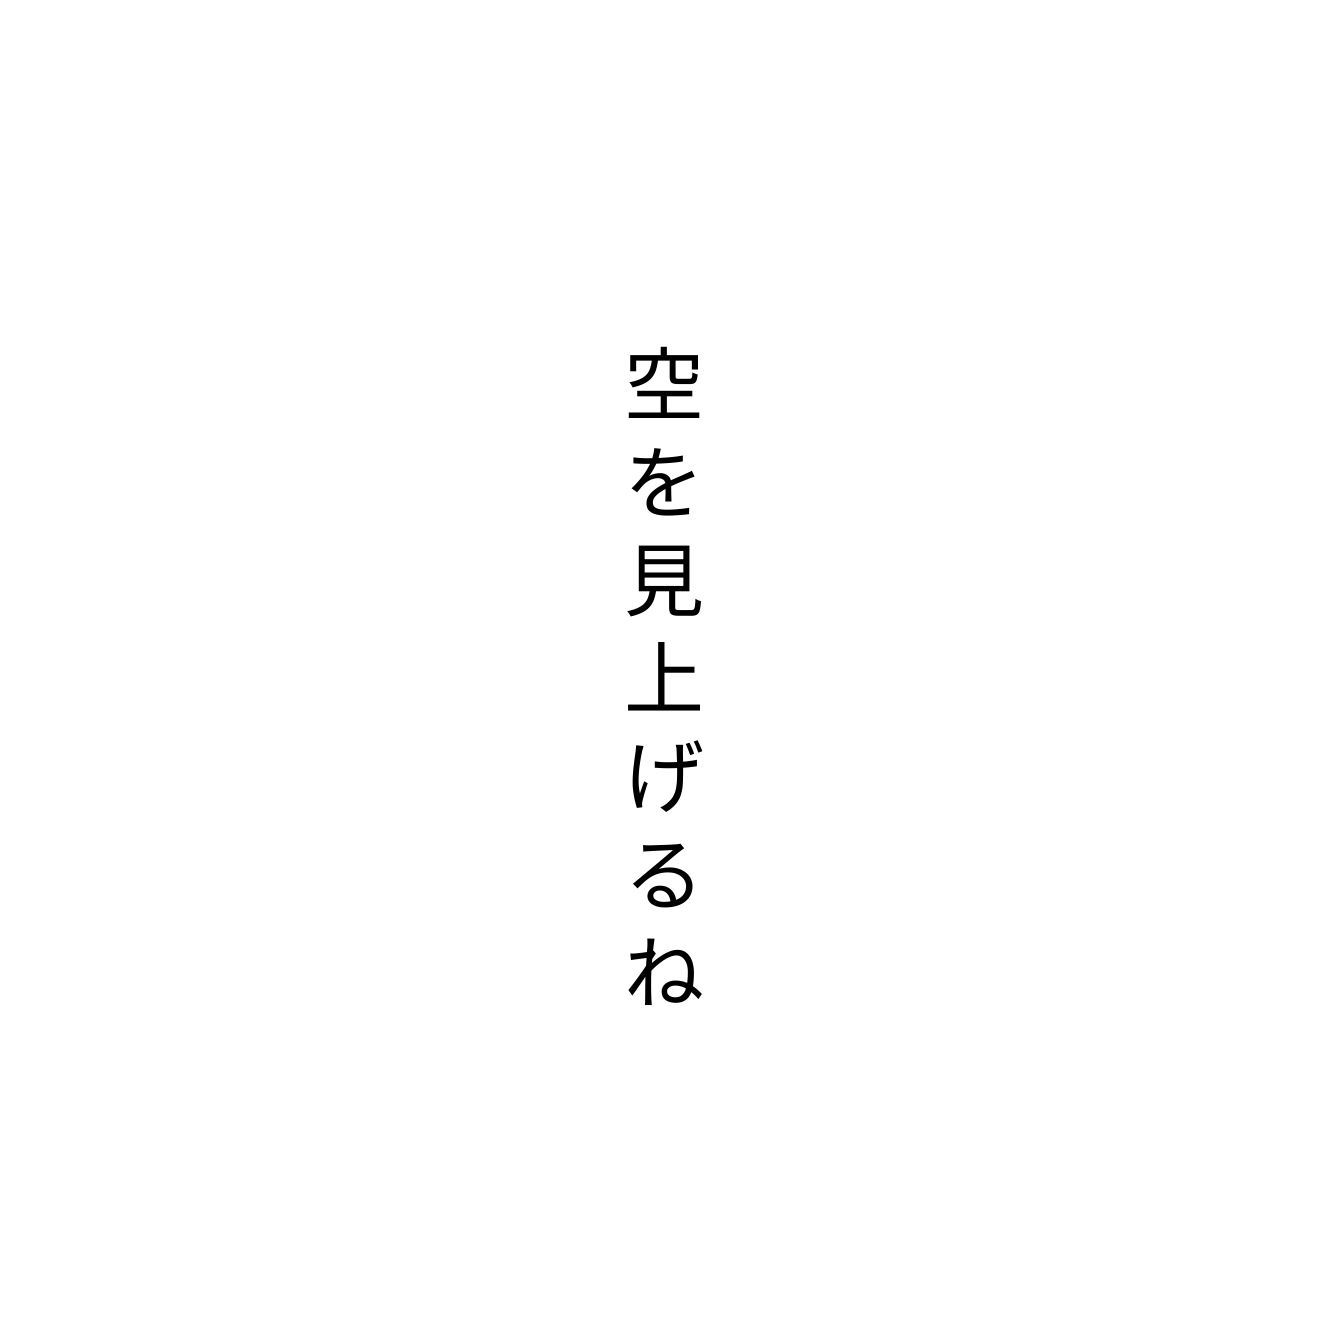
空を見上げるね